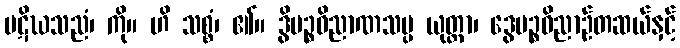
ပဋိဃသညံ၊ ကို။ ဟိ သစ္စံ၊ ၏။ ဒွိပဉ္စဝိညာဏသမ္ပ ယုတ္တာ၊ ဒွေပဉ္စဝိညာဉ်တဆယ်နှင့်